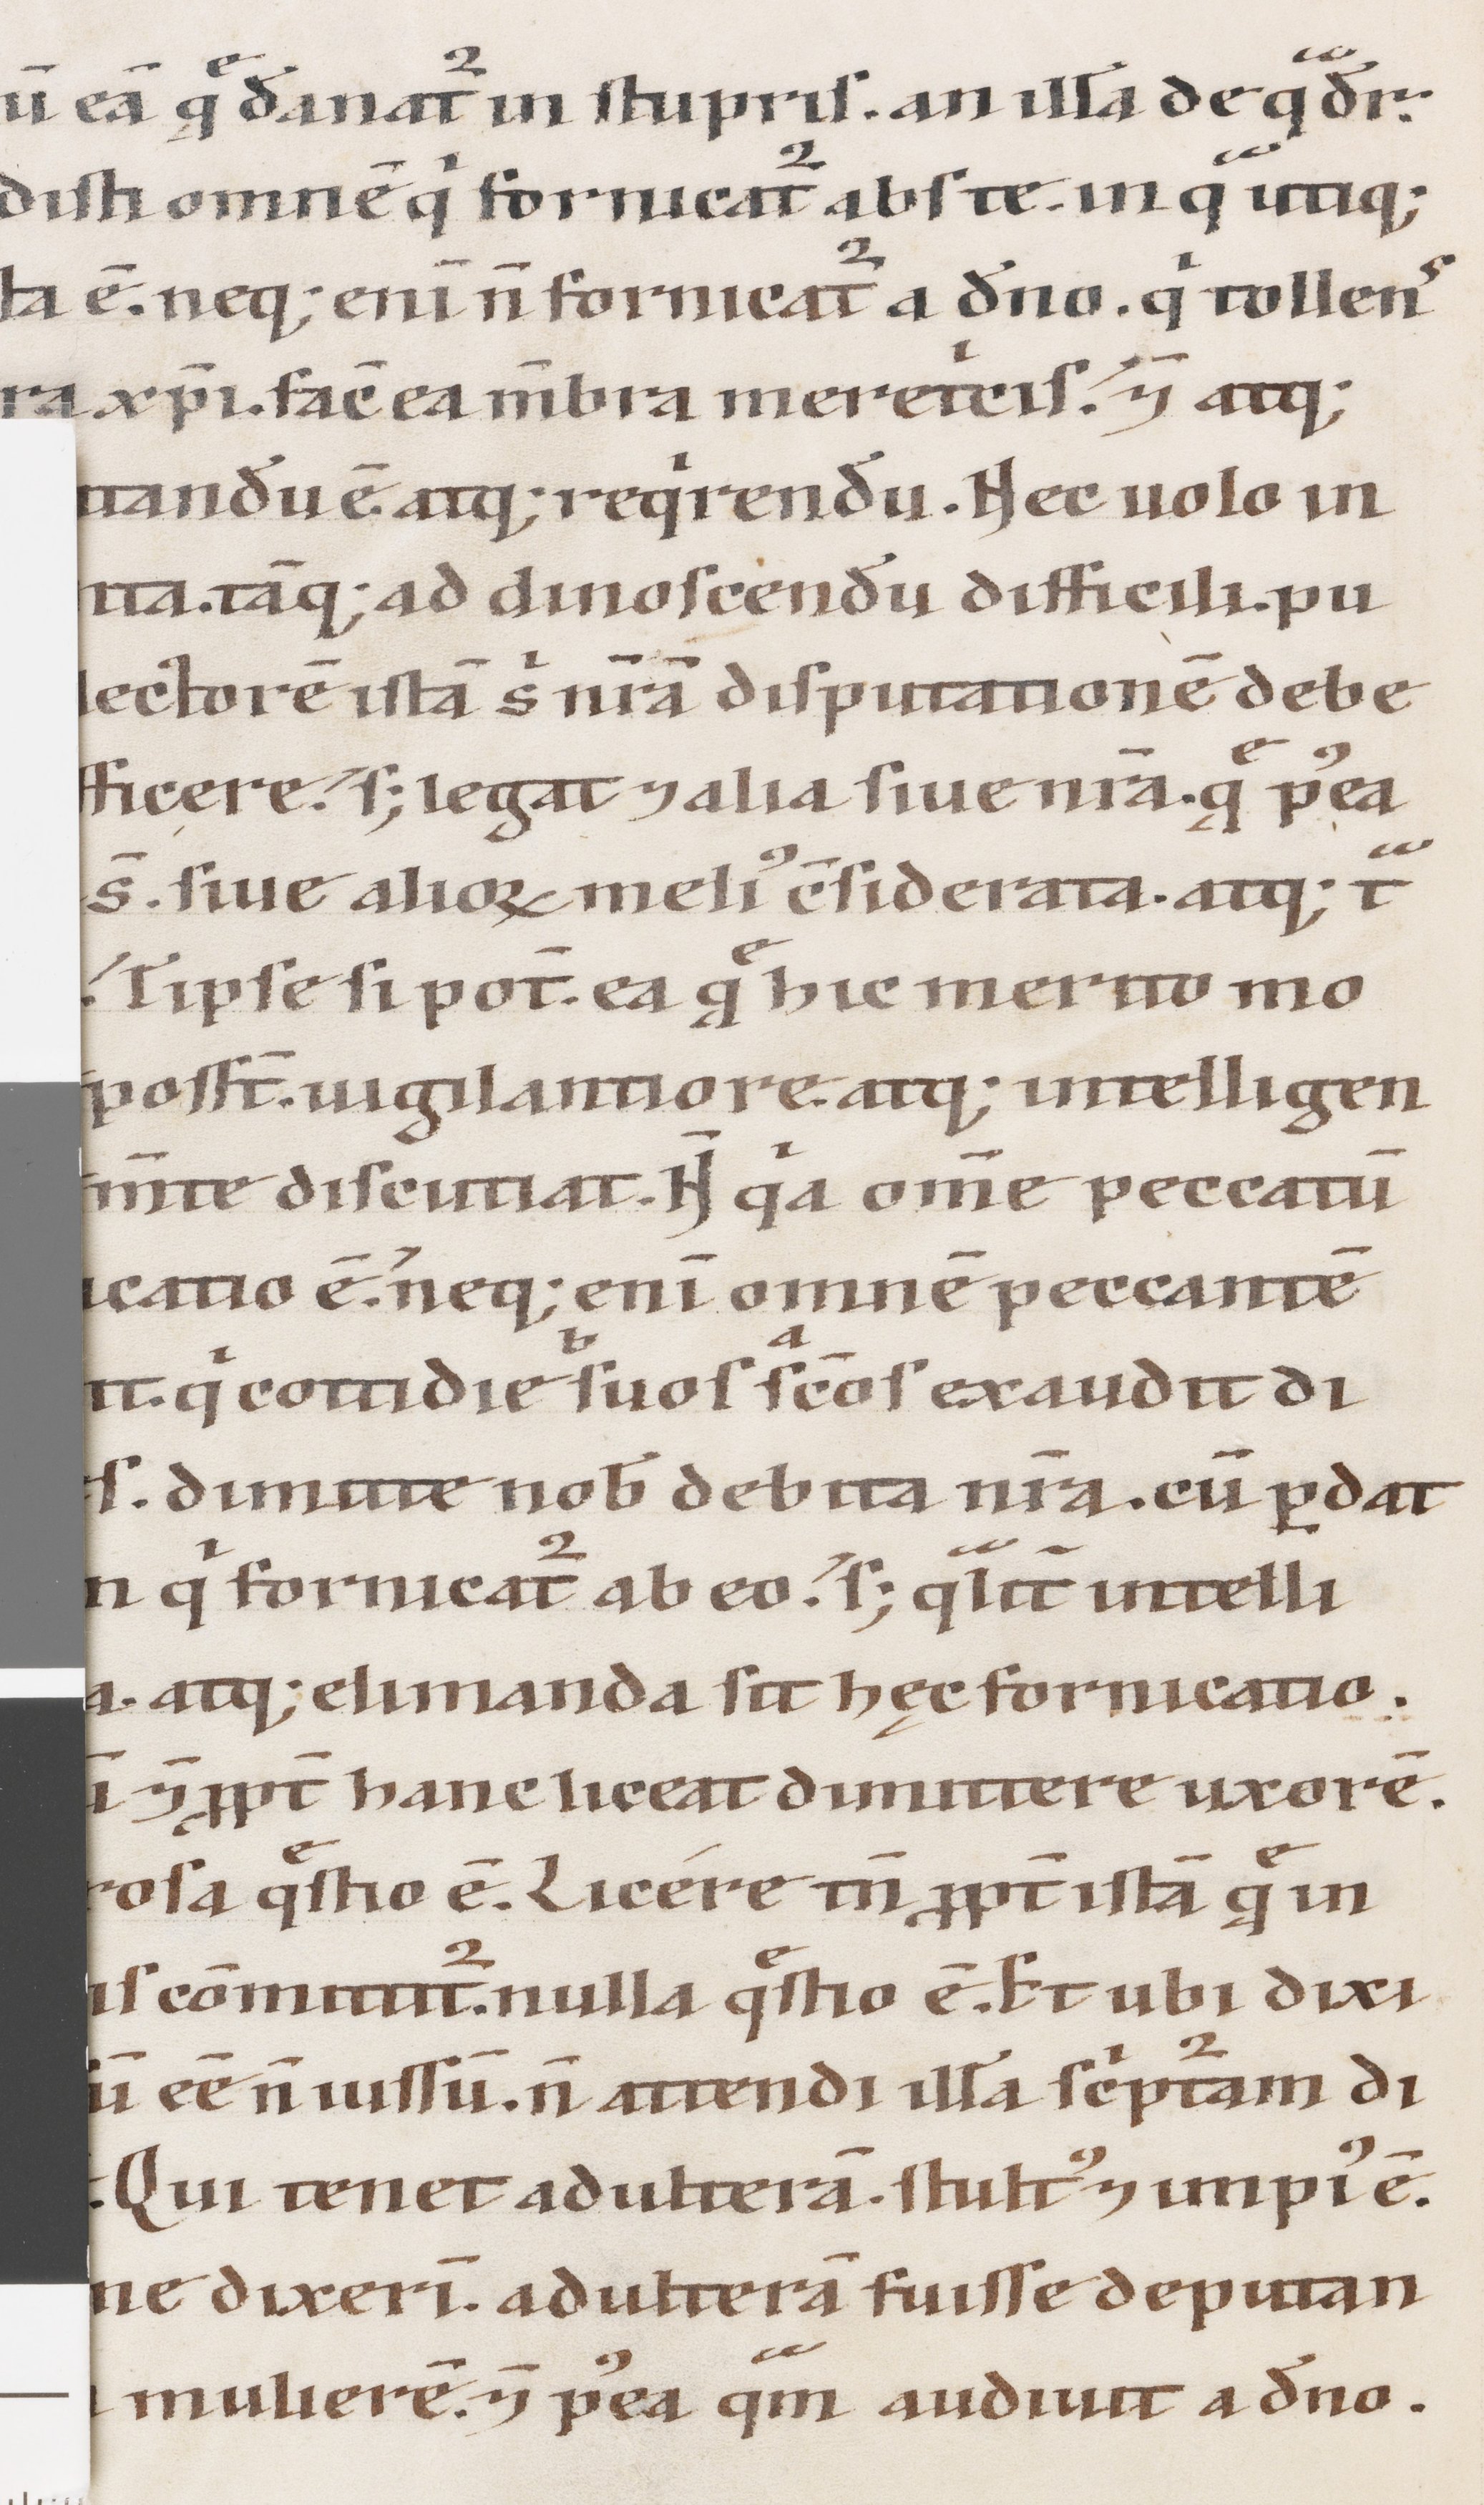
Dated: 1100–1199